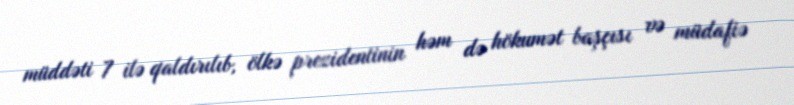
müddəti 7 ilə qaldırılıb, ölkə prezidentinin həm də hökumət başçısı və müdafiə